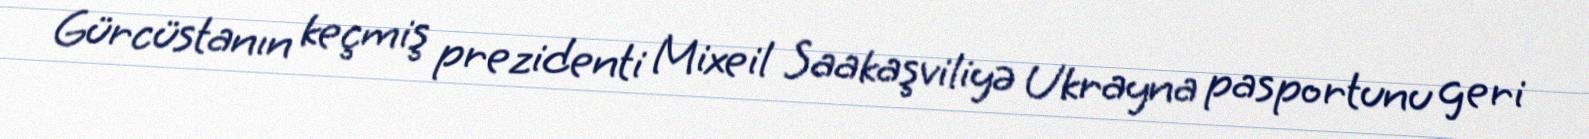
Gürcüstanın keçmiş prezidenti Mixeil Saakaşviliyə Ukrayna pasportunu geri